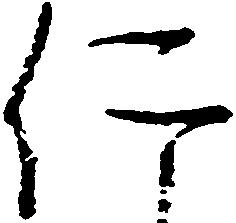
仁